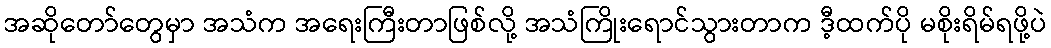
အဆိုတော်တွေမှာ အသံက အရေးကြီးတာဖြစ်လို့ အသံကြိုးရောင်သွားတာက ဒီ့ထက်ပို မစိုးရိမ်ရဖို့ပဲ